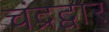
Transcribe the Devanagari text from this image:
चंद्रद्वार